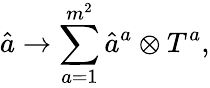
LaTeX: \hat{a}\rightarrow\sum_{a=1}^{m^{2}}\hat{a}^{a}\otimes T^{a},